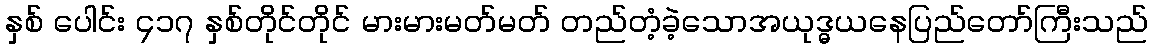
နှစ် ပေါင်း ၄၁၇ နှစ်တိုင်တိုင် မားမားမတ်မတ် တည်တံ့ခဲ့သောအယုဒ္ဓယနေပြည်တော်ကြီးသည်